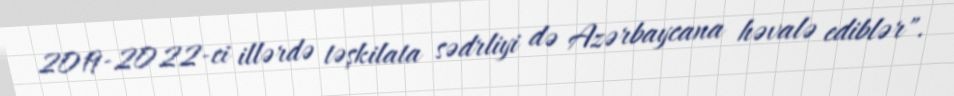
2019-2022-ci illərdə təşkilata sədrliyi də Azərbaycana həvalə ediblər".